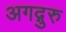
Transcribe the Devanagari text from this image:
अगद्गुरु